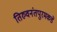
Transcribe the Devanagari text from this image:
तिरुवनंतपुरमकडे